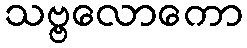
သဗ္ဗလောကော